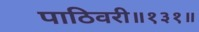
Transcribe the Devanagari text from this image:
पाठिवरी॥१३१॥